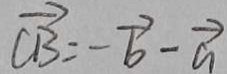
\overrightarrow { C B } = - \overrightarrow { b } - \overrightarrow { a }